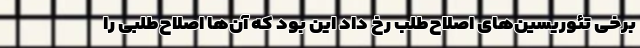
برخی تئوریسین‌های اصلاح‌طلب رخ داد این بود که آن‌ها اصلاح‌طلبی را